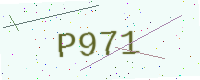
Text: P971